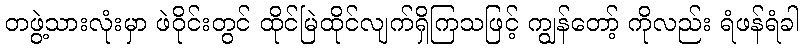
တဖွဲ့သားလုံးမှာ ဖဲဝိုင်းတွင် ထိုင်မြဲထိုင်လျက်ရှိကြသဖြင့် ကျွန်တော့် ကိုလည်း ရံဖန်ရံခါ